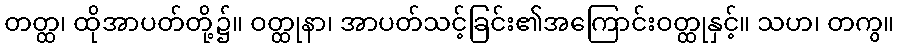
တတ္ထ၊ ထိုအာပတ်တို့၌။ ဝတ္ထုနာ၊ အာပတ်သင့်ခြင်း၏အကြောင်းဝတ္ထုနှင့်။ သဟ၊ တကွ။